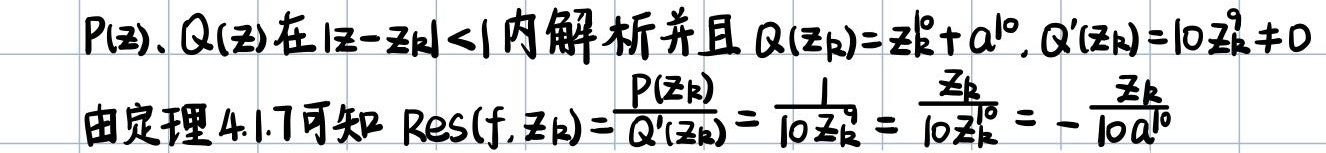
$P(z),Q(z)在|z - z_k| < 1内解析并且Q(z_k)=z_k^{10}+a^{10},Q'(z_k)=10z_k^9\neq0$
$由定理4.1.7可知\mathrm{Res}(f,z_k)=\frac{P(z_k)}{Q'(z_k)}=\frac{1}{10z_k^9}=\frac{z_k}{10z_k^{10}}=-\frac{z_k}{10a^{10}}$